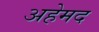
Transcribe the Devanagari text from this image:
अहेमद